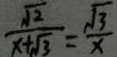
\frac { \sqrt { 2 } } { x + \sqrt { 3 } } = \frac { \sqrt { 3 } } { x }